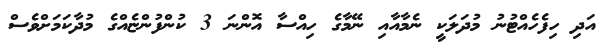
އަދި ހިފެހެއްޓުނު މުދަލަކީ ނެމާއާއި ނޭމާގެ ހިއްސާ އޮންނަ 3 ކުންފުންޏެއްގެ މުދާކަމަށްވެސް